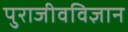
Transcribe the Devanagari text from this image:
पुराजीवविज्ञान